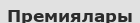
Премиялары